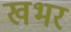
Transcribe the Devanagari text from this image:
खभर